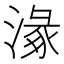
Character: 𣺵